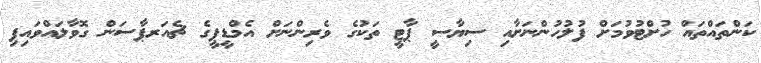
ކަންތައްތައް ހުށްޓުވުމަށް ފުލުހުންނަށާއި ސިޔާސީ ޕާޓީ ތަކުގެ ވެރިންނަށް އެމްޑީޕީގެ ޗެއަރޕާސަން ގޮވާލައްވައިފި